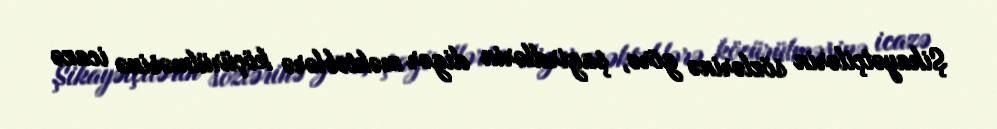
Şikayətçilərin sözlərinə görə, şagirdlərin digər məktəblərə köçürülməsinə icazə